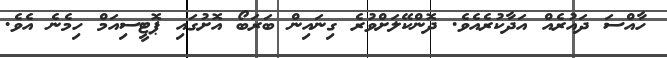
ހާއްސަ ދައުރެއް އަދާކުރެއެވެ. ދޮންކޭލަށްވުރެ ގިނައިން ބަރަބޯ އޮށުގައި ޕޮޓީސިއަމް ހިމެނެ އެވެ.